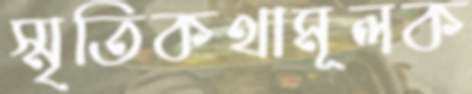
স্মৃতিকথামূলক